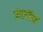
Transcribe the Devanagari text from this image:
अरगॉन